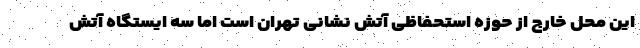
این محل خارج از حوزه استحفاظی آتش نشانی تهران است اما سه ایستگاه آتش